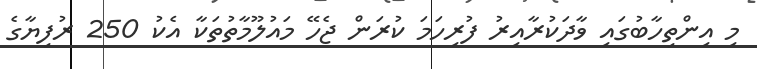
މި އިންތިހާބުގައި ވާދަކުރާއިރު ފުރިހަމަ ކުރަން ޖެހޭ މައުލޫމާތުތަކާ އެކު 250 ރުފިޔާގެ